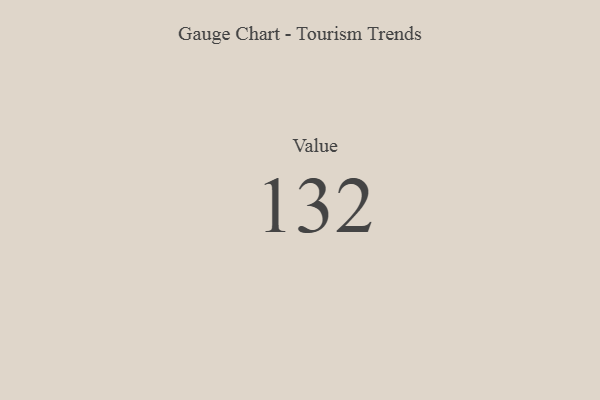
{"axis": {"x": "Metric", "y": "Value"}, "legend": [""], "data": [{"x": "Value", "y": 132, "type": ""}]}